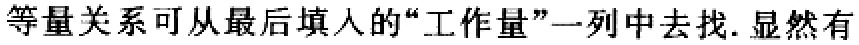
等量关系可从最后填入的“工作量”一列中去找. 显然有